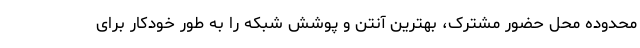
محدوده محل حضور مشترک، بهترین آنتن و پوشش شبکه را به طور خودکار برای